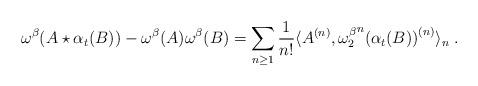
LaTeX: \begin{align*}\omega^\beta(A\star \alpha_{t}(B)) - \omega^\beta(A)\omega^\beta(B) = \sum_{n\geq 1}\frac{1}{n!} \langle A^{(n)} ,{\omega_2^\beta}^n {(\alpha_t(B))}^{(n)} \rangle_n\;.\end{align*}